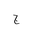
Letter: _gim